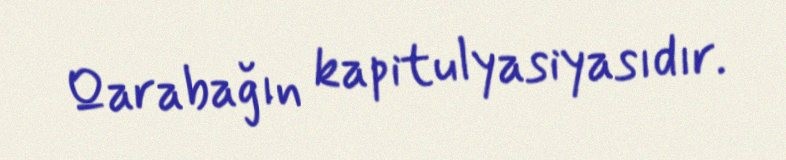
Qarabağın kapitulyasiyasıdır.